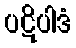
ပဋိပါဒံ